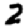
Digit: 2